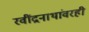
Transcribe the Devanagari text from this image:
रवींद्रनाथांवरही